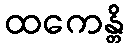
ထကေန္တိ